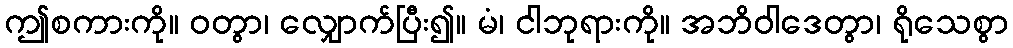
ဤစကားကို။ ဝတွာ၊ လျှောက်ပြီး၍။ မံ၊ ငါဘုရားကို။ အဘိဝါဒေတွာ၊ ရိုသေစွာ